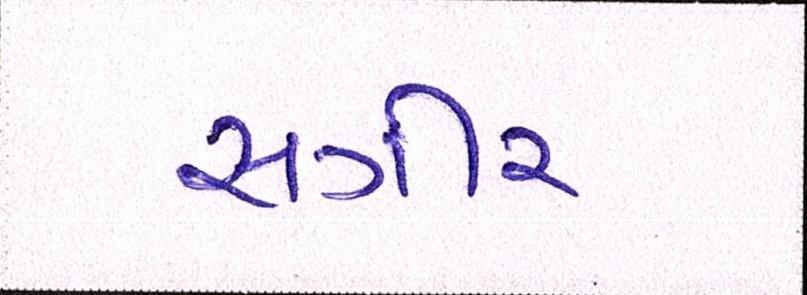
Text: સગીર